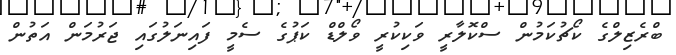
ބްރެޒިލްގެ ކޯޗުކަމުން ސްކޮލާރީ ވަކިކުރީ ވޯލްޑް ކަޕުގެ ސެމީ ފައިނަލުގައި ޖަރުމަން އަތުން